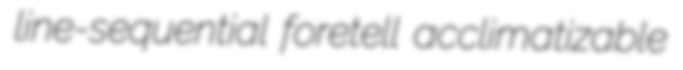
line-sequential foretell acclimatizable